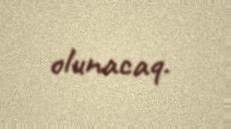
olunacaq.